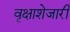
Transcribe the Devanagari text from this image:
वृक्षाशेजारी